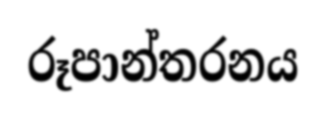
රූපාන්තරනය